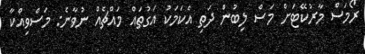
ރޯމަސް މާރުކޭޓަށް މަސް ލިބުން ދަތި އެކަމަކު އަގުތައް މައްޗެއް ނުވާނެ: މަސްވިއްކާ